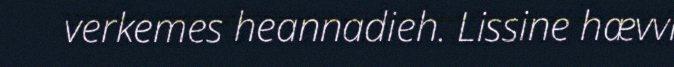
verkemes heannadieh. Lissine hævvi